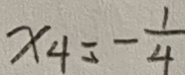
x _ { 4 } = - \frac { 1 } { 4 }